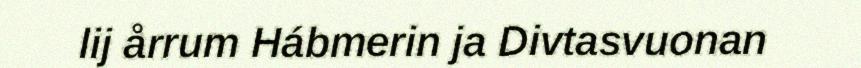
lij årrum Hábmerin ja Divtasvuonan